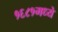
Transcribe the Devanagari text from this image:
१६८१मध्ये